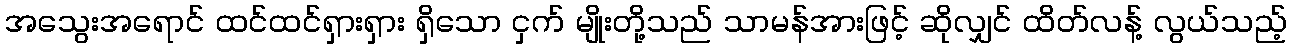
အသွေးအရောင် ထင်ထင်ရှားရှား ရှိသော ငှက် မျိုးတို့သည် သာမန်အားဖြင့် ဆိုလျှင် ထိတ်လန့် လွယ်သည့်